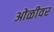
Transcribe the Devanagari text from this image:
ओळीवर